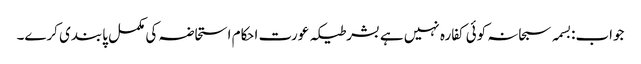
جواب:بسمہ سبحانہ کوئی کفارہ نہیں ہے بشرطیکہ عورت احکام استحاضہ کی مکمل پابندی کرے۔